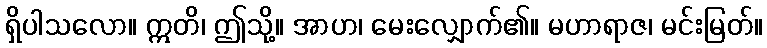
ရှိပါသလော။ ဣတိ၊ ဤသို့။ အာဟ၊ မေးလျှောက်၏။ မဟာရာဇ၊ မင်းမြတ်။